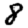
Digit: 8